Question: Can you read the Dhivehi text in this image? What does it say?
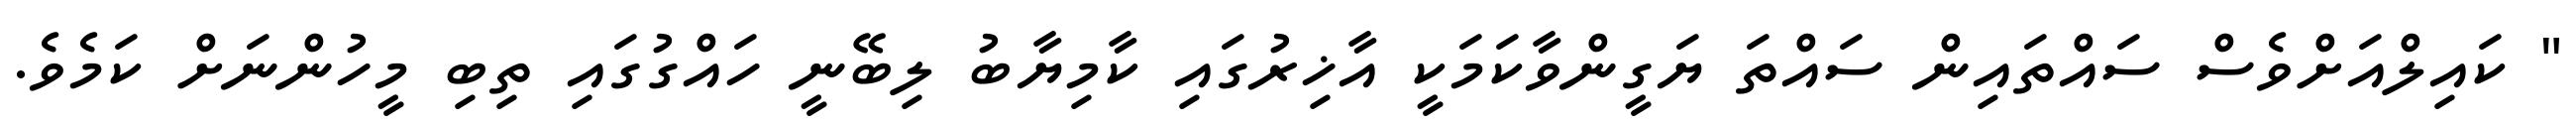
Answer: " ކައިލްއަށްވެސް ސައްތައިން ސައްތަ ޔަގީންވާކަމަކީ އާޚިރުގައި ކާމިޔާބު ލިބޭނީ ހައްގުގައި ތިބި މީހުންނަށް ކަމެވެ.